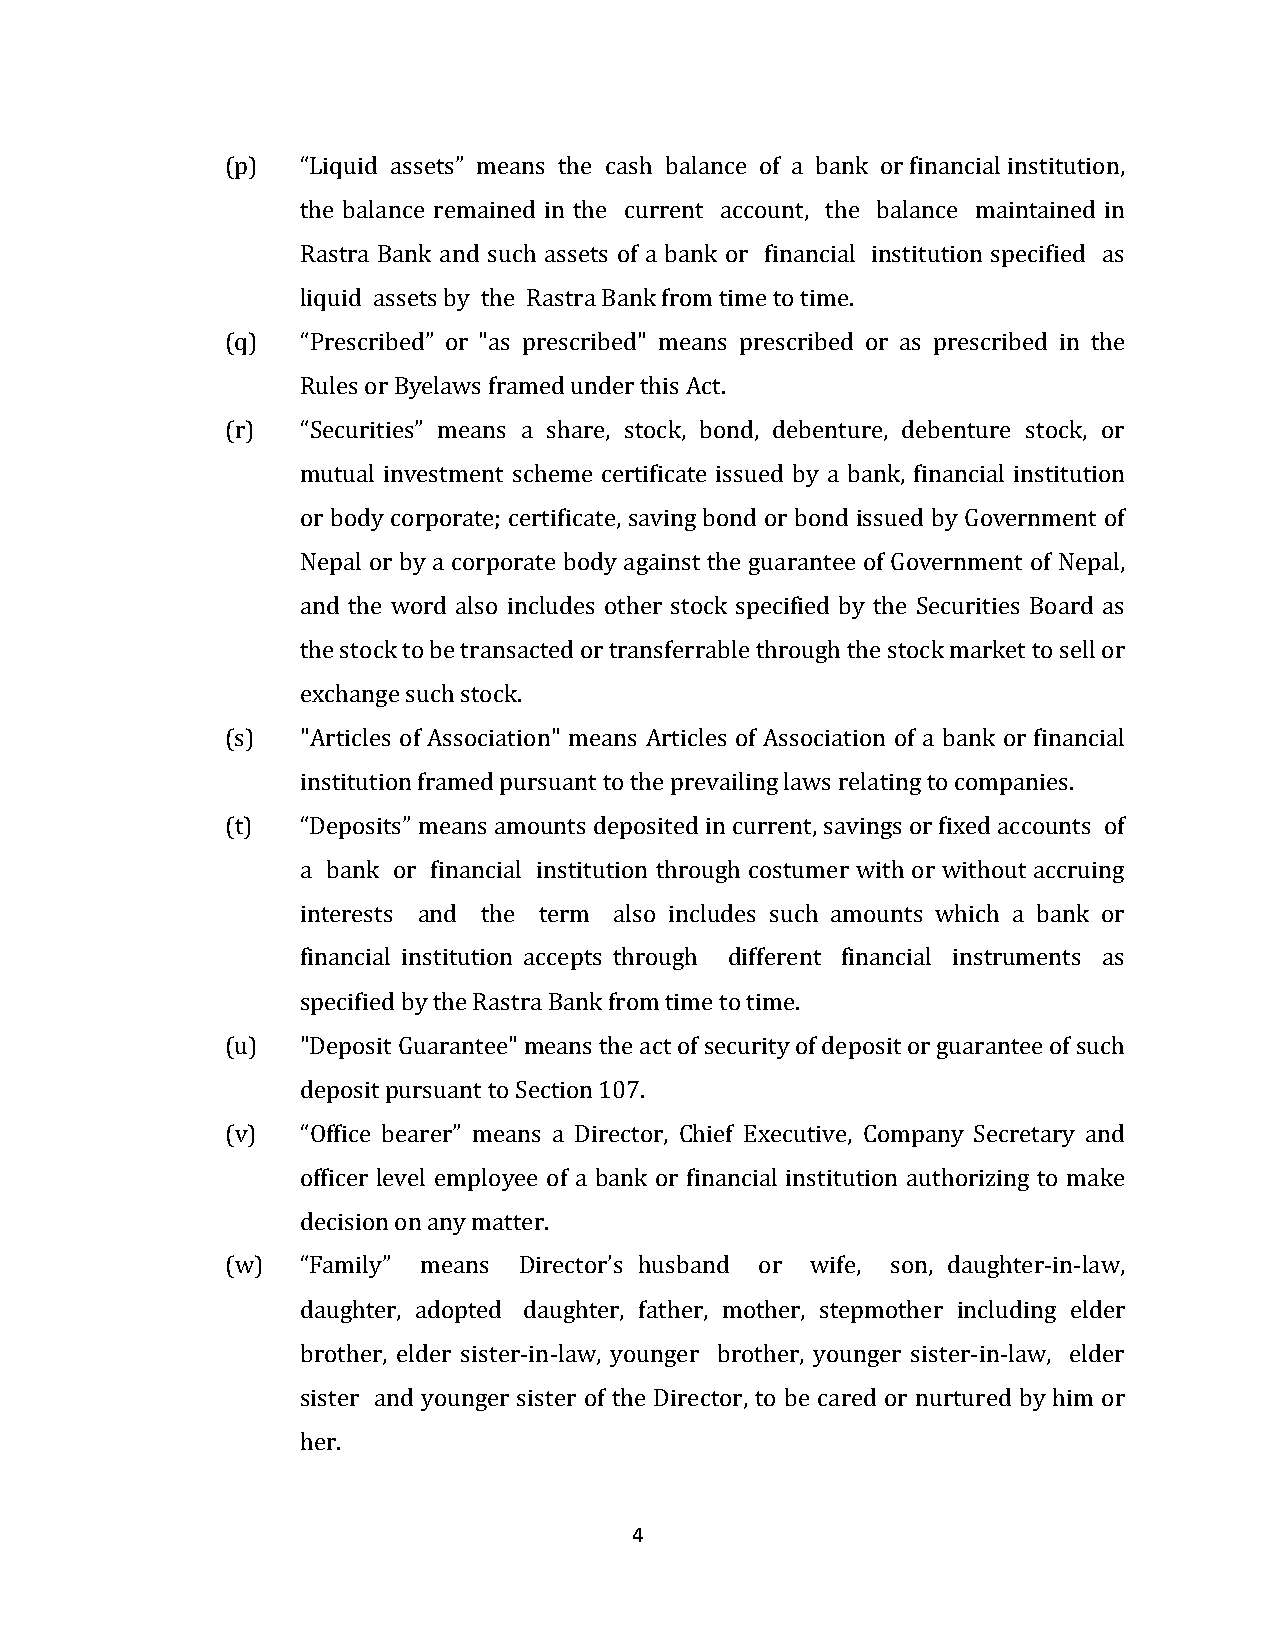
(p)  “Liquid assets” means the cash balance of a bank or financial institution,
 the balance remained in the current account, the balance maintained in
 Rastra Bank and such assets of a bank or financial institution specified as
 liquid assets by the Rastra Bank from time to time.
 (q)  “Prescribed” or "as prescribed" means prescribed or as prescribed in the
 Rules or Byelaws framed under this Act.
 (r)  “Securities” means a share, stock, bond, debenture, debenture stock, or
 mutual investment scheme certificate issued by a bank, financial institution
 or body corporate; certificate, saving bond or bond issued by Government of
 Nepal or by a corporate body against the guarantee of Government of Nepal,
 and the word also includes other stock specified by the Securities Board as
 the stock to be transacted or transferrable through the stock market to sell or
 exchange such stock.
 (s)  "Articles of Association" means Articles of Association of a bank or financial
 institution framed pursuant to the prevailing laws relating to companies.
 (t)  “Deposits” means amounts deposited in current, savings or fixed accounts of
 a bank or financial institution through costumer with or without accruing
 interests and the term also includes such amounts which a bank or
 financial institution accepts through different financial instruments as
 specified by the Rastra Bank from time to time.
 (u)  "Deposit Guarantee" means the act of security of deposit or guarantee of such
 deposit pursuant to Section 107.
 (v)  “Office bearer” means a Director, Chief Executive, Company Secretary and
 officer level employee of a bank or financial institution authorizing to make
 decision on any matter.
 (w)  “Family” means Director’s husband or wife, son, daughter-in-law,
 daughter, adopted daughter, father, mother, stepmother including elder
 brother, elder sister-in-law, younger brother, younger sister-in-law, elder
 sister and younger sister of the Director, to be cared or nurtured by him or
 her.
 4